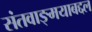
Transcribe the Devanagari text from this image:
संतवाङ्मयाबद्दल